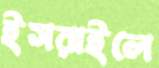
ইসরাইলে